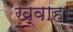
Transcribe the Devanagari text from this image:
ख़्वाहा